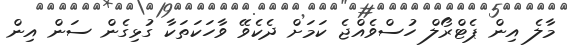
މާލެ އިން ޕެޓްރޯލް ހުސްވެއްޖެ ކަމަށް ދެކެވޭ ވާހަކަތަކާ ގުޅިގެން ސަން އިން